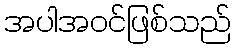
အပါအဝင်ဖြစ်သည်